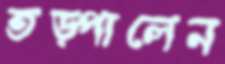
তড়্‌পালেন